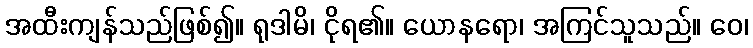
အထီးကျန်သည်ဖြစ်၍။ ရုဒါမိ၊ ငိုရ၏။ ယောနရော၊ အကြင်သူသည်။ ဝေ၊